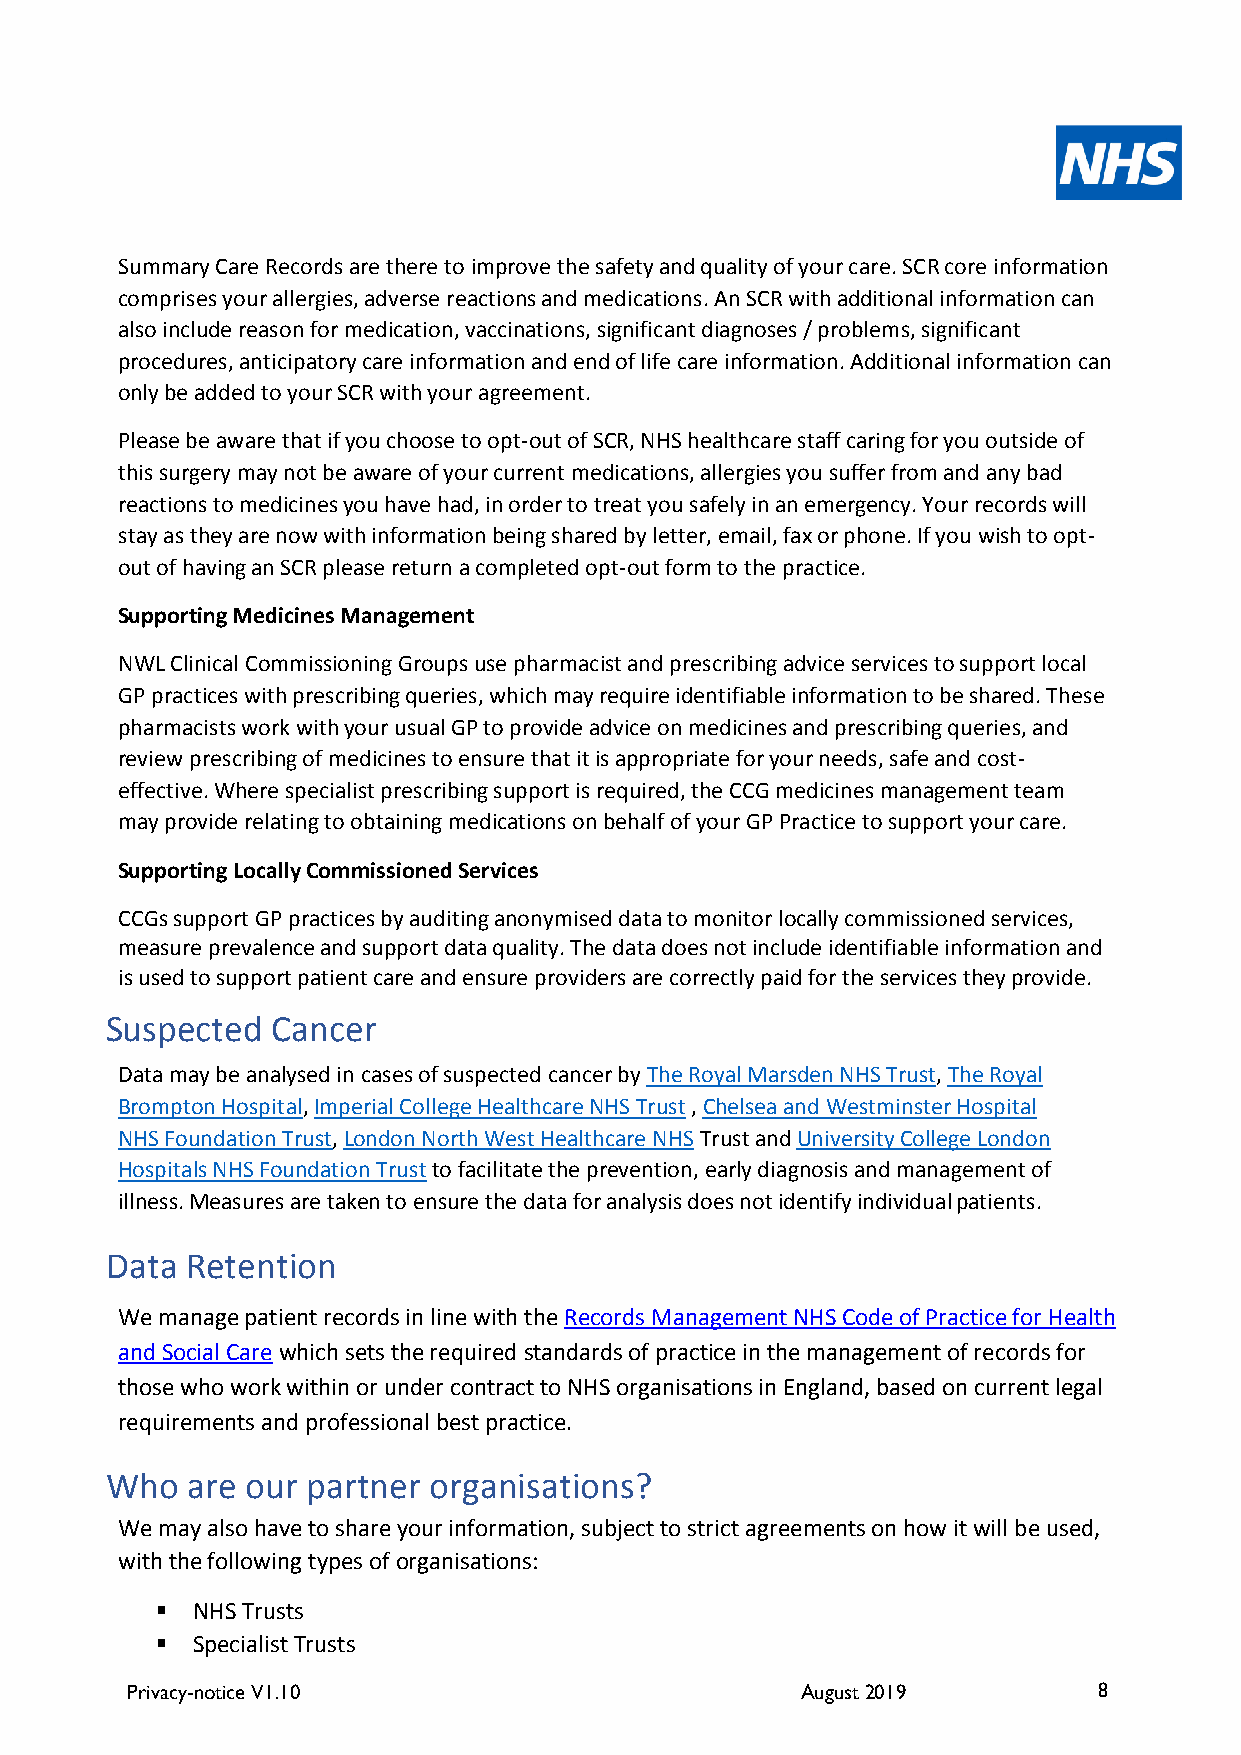
Summary Care Records are there to improve the safety and quality of your care. SCR core information
 comprises your allergies, adverse reactions and medications. An SCR with additional information can
 also include reason for medication, vaccinations, significant diagnoses / problems, significant
 procedures, anticipatory care information and end of life care information. Additional information can
 only be added to your SCR with your agreement.
 Please be aware that if you choose to opt-out of SCR, NHS healthcare staff caring for you outside of
 this surgery may not be aware of your current medications, allergies you suffer from and any bad
 reactions to medicines you have had, in order to treat you safely in an emergency. Your records will
 stay as they are now with information being shared by letter, email, fax or phone. If you wish to opt-
 out of having an SCR please return a completed opt-out form to the practice.
 Supporting Medicines Management
 NWL Clinical Commissioning Groups use pharmacist and prescribing advice services to support local
 GP practices with prescribing queries, which may require identifiable information to be shared. These
 pharmacists work with your usual GP to provide advice on medicines and prescribing queries, and
 review prescribing of medicines to ensure that it is appropriate for your needs, safe and cost-
 effective. Where specialist prescribing support is required, the CCG medicines management team
 may provide relating to obtaining medications on behalf of your GP Practice to support your care.
 Supporting Locally Commissioned Services
 CCGs support GP practices by auditing anonymised data to monitor locally commissioned services,
 measure prevalence and support data quality. The data does not include identifiable information and
 is used to support patient care and ensure providers are correctly paid for the services they provide.
 Suspected  Cancer
 Data may be analysed in cases of suspected cancer by The Royal Marsden NHS Trust, The Royal
 Brompton Hospital, Imperial College Healthcare NHS Trust , Chelsea and Westminster Hospital
 NHS Foundation Trust, London North West Healthcare NHS Trust and University College London
 Hospitals NHS Foundation Trust to facilitate the prevention, early diagnosis and management of
 illness. Measures are taken to ensure the data for analysis does not identify individual patients.
 Data Retention
 We manage patient records in line with the Records Management NHS Code of Practice for Health
 and Social Care which sets the required standards of practice in the management of records for
 those who work within or under contract to NHS organisations in England, based on current legal
 requirements and professional best practice.
 Who  are our partner organisations?
 We may also have to share your information, subject to strict agreements on how it will be used,
 with the following types of organisations:
 ▪  NHS Trusts
 ▪  Specialist Trusts
 Privacy-notice V1.10                         August 2019         8